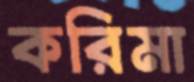
করিমা